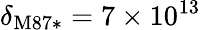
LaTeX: \delta_{\mathrm{M87*}}=7\times 10^{13}